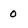
Character: O